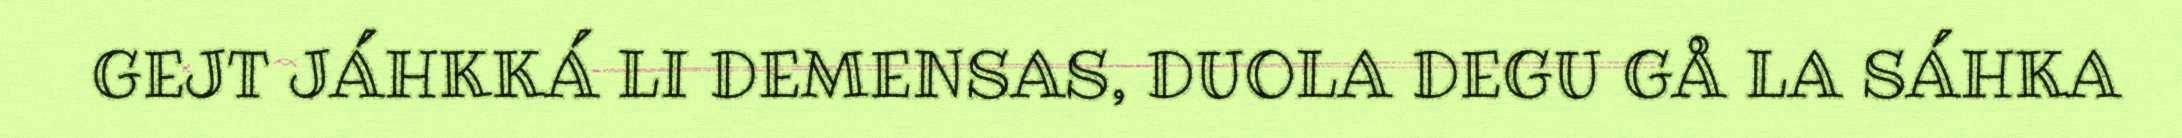
GEJT JÁHKKÁ LI DEMENSAS, DUOLA DEGU GÅ LA SÁHKA